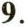
9.